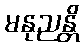
မနုညန္တိ